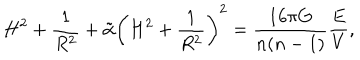
H ^ { 2 } + \frac { 1 } { R ^ { 2 } } + \tilde { \alpha } \left( H ^ { 2 } + \frac { 1 } { R ^ { 2 } } \right) ^ { 2 } = \frac { 1 6 \pi G } { n ( n - 1 ) } \frac { E } { V } ,